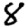
Digit: 8